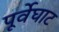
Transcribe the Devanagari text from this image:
पूर्वेघाट